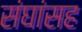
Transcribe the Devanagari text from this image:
संघांसह